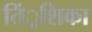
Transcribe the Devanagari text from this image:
तिं्रशिका